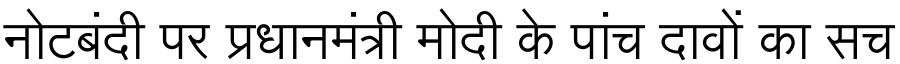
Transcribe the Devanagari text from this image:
नोटबंदी पर प्रधानमंत्री मोदी के पांच दावों का सच